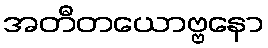
အတီတယောဗ္ဗနော